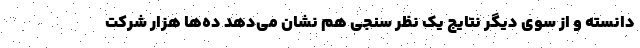
دانسته و از سوی دیگر نتایج یک نظر سنجی هم نشان می‌دهد ده‌ها هزار شرکت